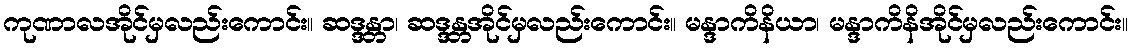
ကုဏာလအိုင်မှလည်းကောင်း။ ဆဒ္ဒန္တာ၊ ဆဒ္ဒန္တအိုင်မှလည်းကောင်း။ မန္ဒာကိနိယာ၊ မန္ဒာကိနိအိုင်မှလည်းကောင်း။